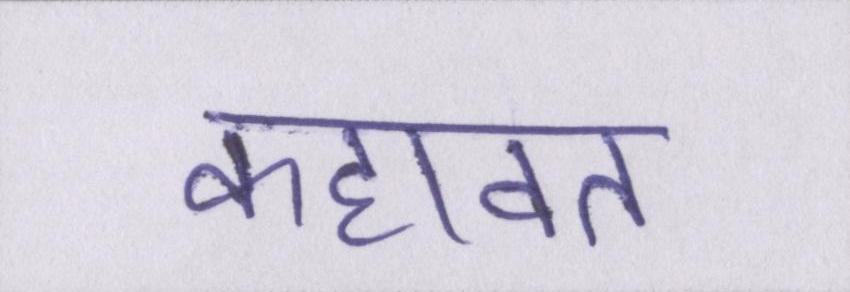
कहावत